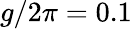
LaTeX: g/2\pi=0.1